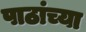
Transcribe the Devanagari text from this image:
पाठांच्या